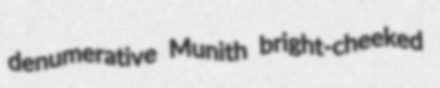
denumerative Munith bright-cheeked